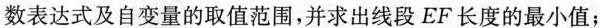
数表达式及自变量的取值范围，并求出线段EF长度的最小值；